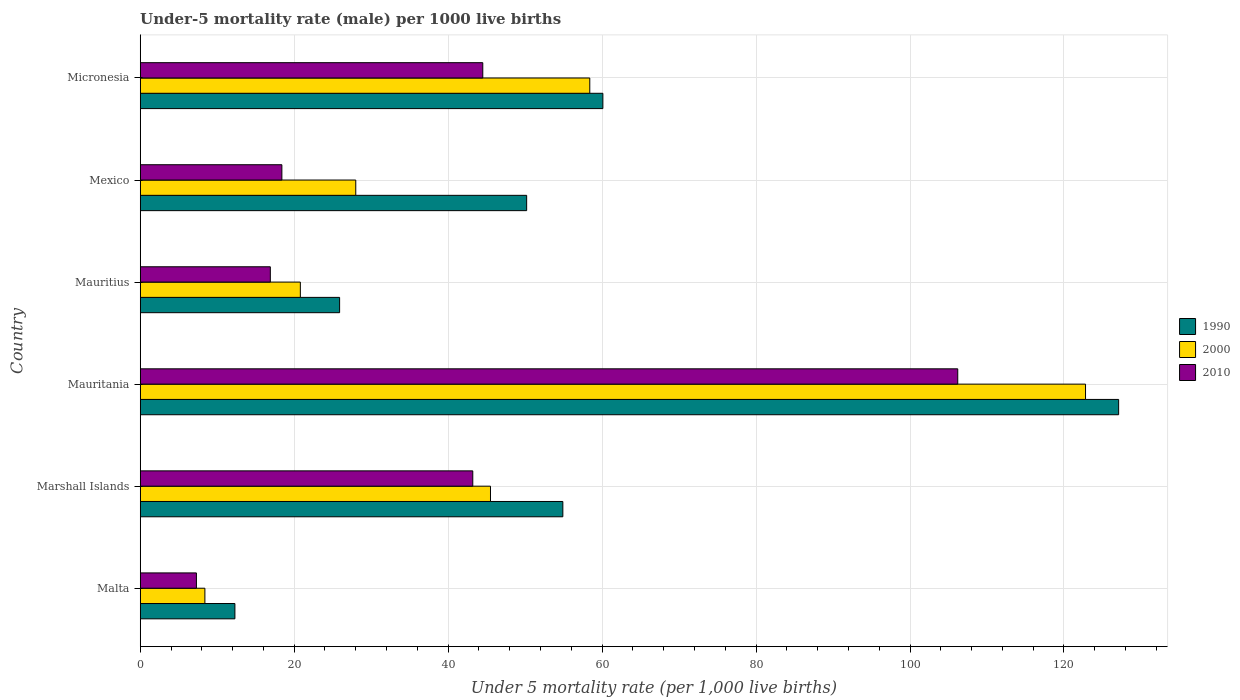
| Country | 1990 | 2000 | 2010 |
 | --- | --- | --- | --- |
 | Malta | 12.3 | 8.4 | 7.3 |
 | Marshall Islands | 54.9 | 45.5 | 43.2 |
 | Mauritania | 127 | 123 | 106 |
 | Mauritius | 25.9 | 20.8 | 16.9 |
 | Mexico | 50.2 | 28 | 18.4 |
 | Micronesia | 60.1 | 58.4 | 44.5 |